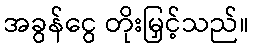
အခွန်ငွေ တိုးမြှင့်သည်။